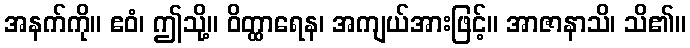
အနက်ကို။ ဧဝံ၊ ဤသို့။ ဝိတ္ထာရေန၊ အကျယ်အားဖြင့်။ အာဇာနာသိ၊ သိ၏။